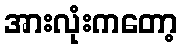
အားလုံးကတော့